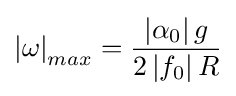
\left\vert \omega \right\vert _{max}={\left\vert \alpha _{0}\right\vert g \over 2\left\vert f_{0}\right\vert R}